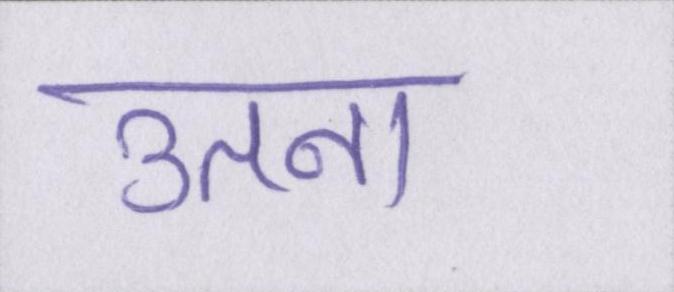
उतना